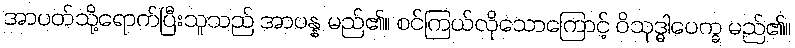
အာပတ်သို့ရောက်ပြီးသူသည် အာပန္န မည်၏။ စင်ကြယ်လိုသောကြောင့် ဝိသုဒ္ဓါပေက္ခ မည်၏။